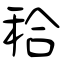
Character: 秴